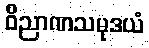
ဝိညာဏသမုဒယံ